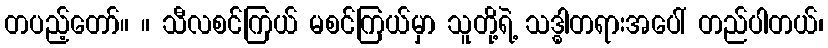
တပည့်တော်။ ။ သီလစင်ကြယ် မစင်ကြယ်မှာ သူတို့ရဲ့ သဒ္ဓါတရားအပေါ် တည်ပါတယ်၊